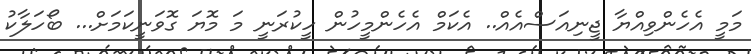
މަމީ އެހެންވިއްޔާ ޖީނިއަސްއެއް.. އެކަމް އެހެންމީހުން ހީކުރަނީ މަ މޮޔަ ގޮވަނީކަމަށް... ބޯހަލާކު